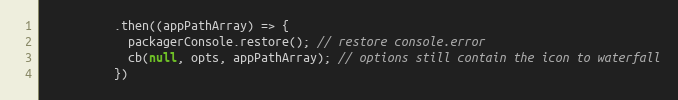
Language: JavaScript
          .then((appPathArray) => {
            packagerConsole.restore(); // restore console.error
            cb(null, opts, appPathArray); // options still contain the icon to waterfall
          })